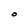
Character: O